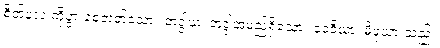
စိတ်နှလုံးကိုပွားစေတတ်သော။ ဘဒ္ဒါယ၊ ဘဒ္ဒါအမည်ရှိသော။ ဒေဝိယာ၊ မိဖုယားသည်။